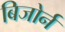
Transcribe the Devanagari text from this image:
बिजोर्न